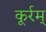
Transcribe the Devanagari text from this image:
कूर्रम्